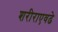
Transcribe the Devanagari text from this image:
शरीराएवढे